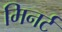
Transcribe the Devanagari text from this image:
मिनर्ट